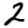
Digit: 2